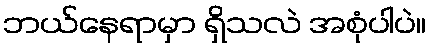
ဘယ်နေရာမှာ ရှိသလဲ အစုံပါပဲ။